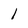
Character: 1